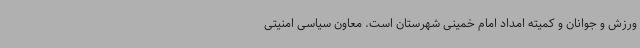
ورزش و جوانان و کمیته امداد امام خمینی شهرستان است. معاون سیاسی امنیتی